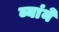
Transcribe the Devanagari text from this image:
ब्यांने